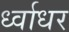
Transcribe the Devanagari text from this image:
र्ध्वाधर